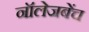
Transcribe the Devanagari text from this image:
नॉलेजबेंच